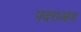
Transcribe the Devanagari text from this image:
पदराआड